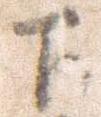
下